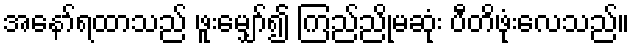
အနော်ရထာသည် ဖူးမျှော်၍ ကြည်ညိုမဆုံး ပီတိဖုံးလေသည်။